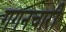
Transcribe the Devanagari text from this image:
गगनचारी